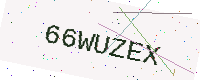
Text: 66WUZEX